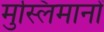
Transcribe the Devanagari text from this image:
मुस्लिमानों